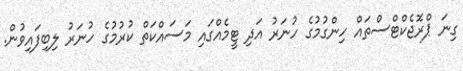
ގިނަ ޕްރޮޖެކްޓްސްތައް ހިންގުމުގެ ހުނަރު އަދި ޓީމެއްގައި މަސައްކަތް ކުރުމުގެ ހުނަރު ލިބިފައިވުން.